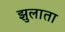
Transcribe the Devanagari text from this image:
झुलाता